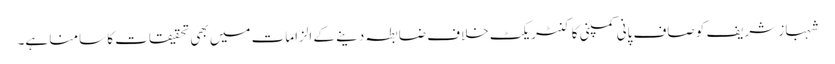
شہباز شریف کو صاف پانی کمپنی کا کنٹریکٹ خلاف ضابطہ دینے کے الزامات میں بھی تحقیقات کا سامنا ہے۔